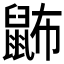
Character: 鿻